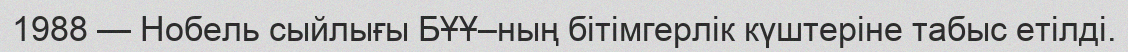
1988 — Нобель сыйлығы БҰҰ–ның бітімгерлік күштеріне табыс етілді.